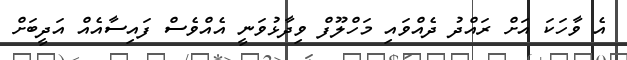
އެ ވާހަކަ އަށް ރައްދު ދެއްވައި މަހްލޫފް ވިދާޅުވަނީ އެއްވެސް ފައިސާއެއް އަދީބަށް